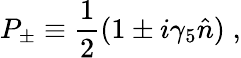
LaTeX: P_{\pm}\equiv{\frac{1}{2}}(1\pm i\gamma_{5}\hat{n})\; ,